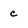
Character: c